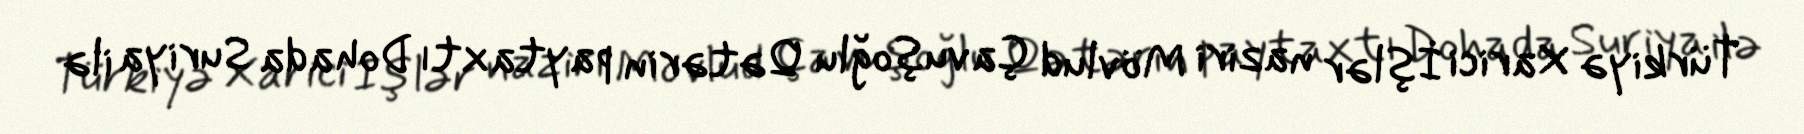
Türkiyə Xarici İşlər naziri Mövlud Çavuşoğlu Qətərin paytaxtı Dohada Suriya ilə